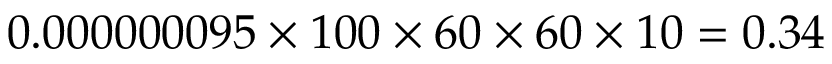
0 . 0 0 0 0 0 0 0 9 5 \times 1 0 0 \times 6 0 \times 6 0 \times 1 0 = 0 . 3 4